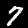
Label: 7